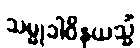
သမ္မုခါဝိနယသ္မိံ